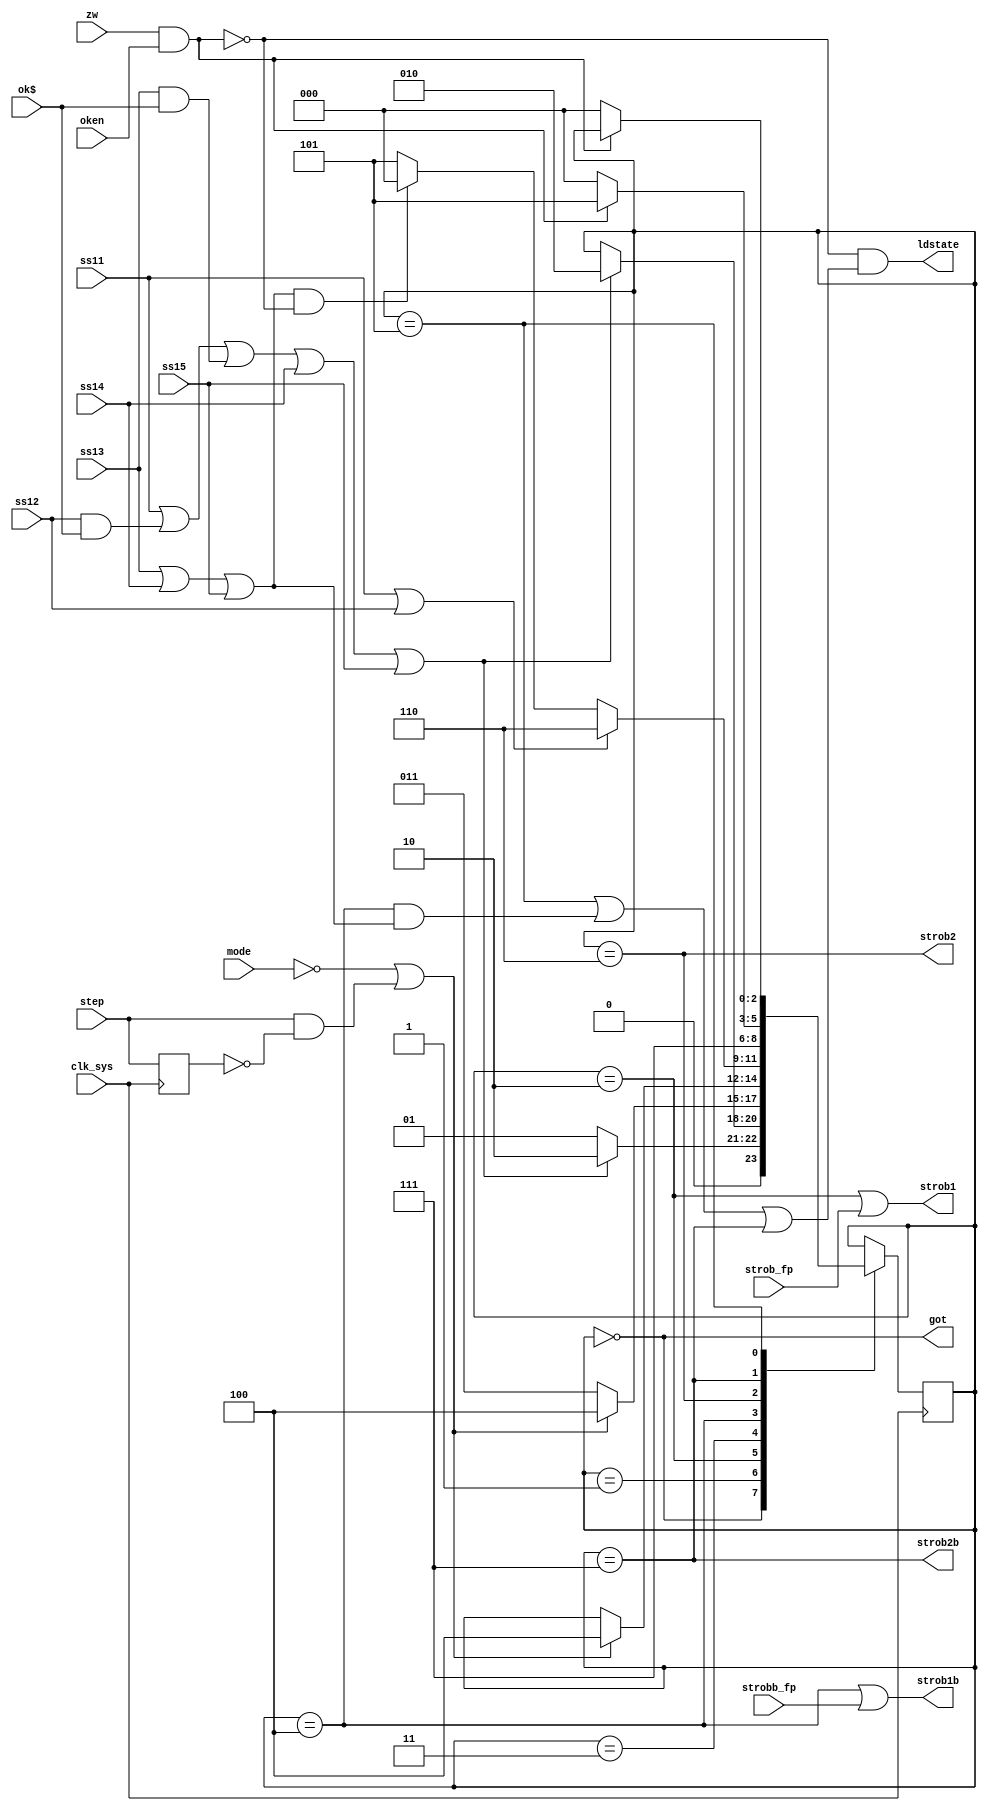
module strobgen(
	input clk_sys,
	input ss11, ss12, ss13, ss14, ss15,
	input ok$, zw, oken,
	input mode, step,
	input strob_fp,
	input strobb_fp,
	output ldstate,
	output got,
	output strob1,
	output strob1b,
	output strob2,
	output strob2b
);

	localparam S_GOT	= 3'd0;
	localparam S_GOTW	= 3'd1;
	localparam S_ST1	= 3'd2;
	localparam S_ST1W	= 3'd3;
	localparam S_ST1B	= 3'd4;
	localparam S_PGOT	= 3'd5;
	localparam S_ST2	= 3'd6;
	localparam S_ST2B	= 3'd7;

	wire if_busy = zw & oken;
	wire es1 = ss11 | (ss12 & ok$) | (ss13 & ok$) | ss14 | ss15;
	wire has_strob2 = ss11 | ss12;
	wire no_strob2 = ss13 | ss14 | ss15;

	assign got = state == S_GOT;
	assign strob1 = (state == S_ST1) | strob_fp;
	assign strob1b = (state == S_ST1B) | strobb_fp;
	assign strob2 = state == S_ST2;
	assign strob2b = state == S_ST2B;
	assign ldstate = ~if_busy & ((state == S_PGOT) | ((state == S_ST1B) & no_strob2) | (state == S_ST2B));

	// * step jest uzbrajany jeli MODE=1 i wystpi STROB1
	// * STEP zabrania przejcia do stanu STROB2 jeli ss11 | ss12 (czyli jeli jestemy w strob1 po ktrym jest strob2, to bdziemy trzyma strob1)
	// * STEP zabrania przejcia do stanu GOT jeli ~(ss11 | ss12) (czyli jeli jestemy w strob1 bez strob2, to bdziemy trzyma strob1)
	// * wcinicie STEP zeruje przerzutnik i CPU wykonuje krok (odpala si przejcie do nastpnego stanu)
	// * MODE=0 resetuje przerzutnik i trzyma go w takim stanie (czyli step nie dziaa przy MODE=0)
	// * podsumowujc: jeli MODE=1, to podtrzymujemy biecy stan STROB1 dopki uytkownik nie wcinie STOP

	// STEP
	reg lstep;
	always @ (posedge clk_sys) begin
		lstep <= step;
	end
	wire step_trig = ~mode | (step & ~lstep);

	// STROBS
	reg [0:2] state;
	always @ (posedge clk_sys) begin
		case (state)
			// GOT
			S_GOT: begin
				if (es1) begin
					state <= S_ST1;
				end else begin
					state <= S_GOTW;
				end
			end

			S_GOTW: begin
				if (es1) begin
					state <= S_ST1;
				end
			end

			// STROB1 front
			S_ST1: begin
				if (step_trig) state <= S_ST1B;
				else state <= S_ST1W;
			end

			// STROB1 front (wait for STEP)
			S_ST1W: begin
				if (step_trig) state <= S_ST1B;
			end

			// STROB1 back
			S_ST1B: begin
				if (has_strob2) begin
					state <= S_ST2;
				end else if (no_strob2 & ~if_busy) begin
					state <= S_GOT;
				end else begin
					state <= S_PGOT;
				end
			end

			// STROB2 front
			S_ST2: begin
				state <= S_ST2B;
			end

			// STROB2 back
			S_ST2B: begin
				if (~if_busy) begin
					state <= S_GOT;
				end else begin
					state <= S_PGOT;
				end
			end

			// STROB2 back (wait for I/F operation to end)
			S_PGOT: begin
				if (~if_busy) begin
					state <= S_GOT;
				end
			end
		endcase
	end

endmodule